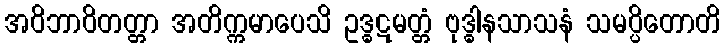
အဝိဘာဝိတတ္တာ အတိက္ကမာပေသိ ဥဒ္ဓဋမတ္တံ ဗုဒ္ဓါနသာသနံ သမပ္ပိတောတိ